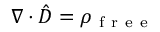
\boldsymbol \nabla \cdot \hat { \boldsymbol D } = \rho _ { \mathrm { ~ f ~ r ~ e ~ e ~ } }